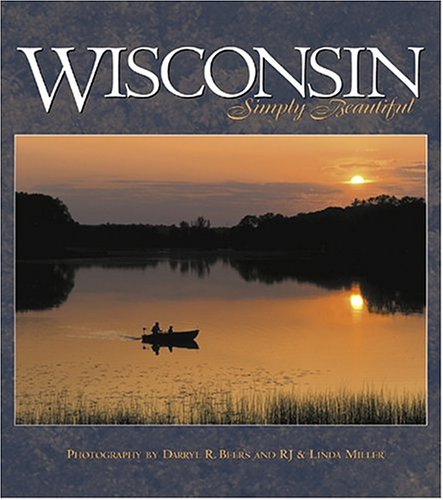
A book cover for Wisconsin Simply Beautiful; Travel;